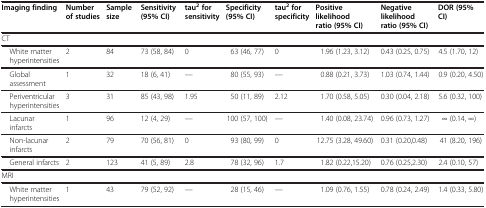
| Imaging finding | Number of studies | Sample size | Sensitivity (95% CI) | tau2 for sensitivity | Specificity (95% CI) | tau2 for specificity | Positive likelihood ratio (95% CI) | Negative likelihood ratio (95% CI) | DOR (95% CI) |
 | --- | --- | --- | --- | --- | --- | --- | --- | --- | --- |
 | <COLSPAN=10> CT |
 | White matter hyperintensities | 2 | 84 | 73 (58, 84) | 0 | 63 (46, 77) | 0 | 1.96 (1.23, 3.12) | 0.43 (0.25, 0.75) | 4.5 (1.70, 12) |
 | Global assessment | 1 | 32 | 18 (6, 41) | — | 80 (55, 93) | — | 0.88 (0.21, 3.73) | 1.03 (0.74, 1.44) | 0.9 (0.20, 4.50) |
 | Periventricular hyperintensities | 3 | 31 | 85 (43, 98) | 1.95 | 50 (11, 89) | 2.12 | 1.70 (0.58, 5.05) | 0.30 (0.04, 2.18) | 5.6 (0.32, 100) |
 | Lacunar infarcts | 1 | 96 | 12 (4, 29) | — | 100 (57, 100) | — | 1.40 (0.08, 23.74) | 0.96 (0.73, 1.27) | ∞ (0.14, ∞) |
 | Non-lacunar infarcts | 2 | 79 | 70 (56, 81) | 0 | 93 (80, 99) | 0 | 12.75 (3.28, 49.60) | 0.31 (0.20,0.48) | 41 (8.20, 196) |
 | General infarcts | 2 | 123 | 41 (5, 89) | 2.8 | 78 (32, 96) | 1.7 | 1.82 (0.22,15.20) | 0.76 (0.25,2.30) | 2.4 (0.10, 57) |
 | <COLSPAN=10> MRI |
 | White matter hyperintensities | 1 | 43 | 79 (52, 92) | — | 28 (15, 46) | — | 1.09 (0.76, 1.55) | 0.78 (0.24, 2.49) | 1.4 (0.33, 5.80) |